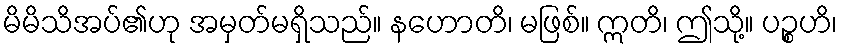
မိမိသိအပ်၏ဟု အမှတ်မရှိသည်။ နဟောတိ၊ မဖြစ်။ ဣတိ၊ ဤသို့။ ပဉ္စဟိ၊